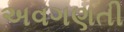
અવગણતી